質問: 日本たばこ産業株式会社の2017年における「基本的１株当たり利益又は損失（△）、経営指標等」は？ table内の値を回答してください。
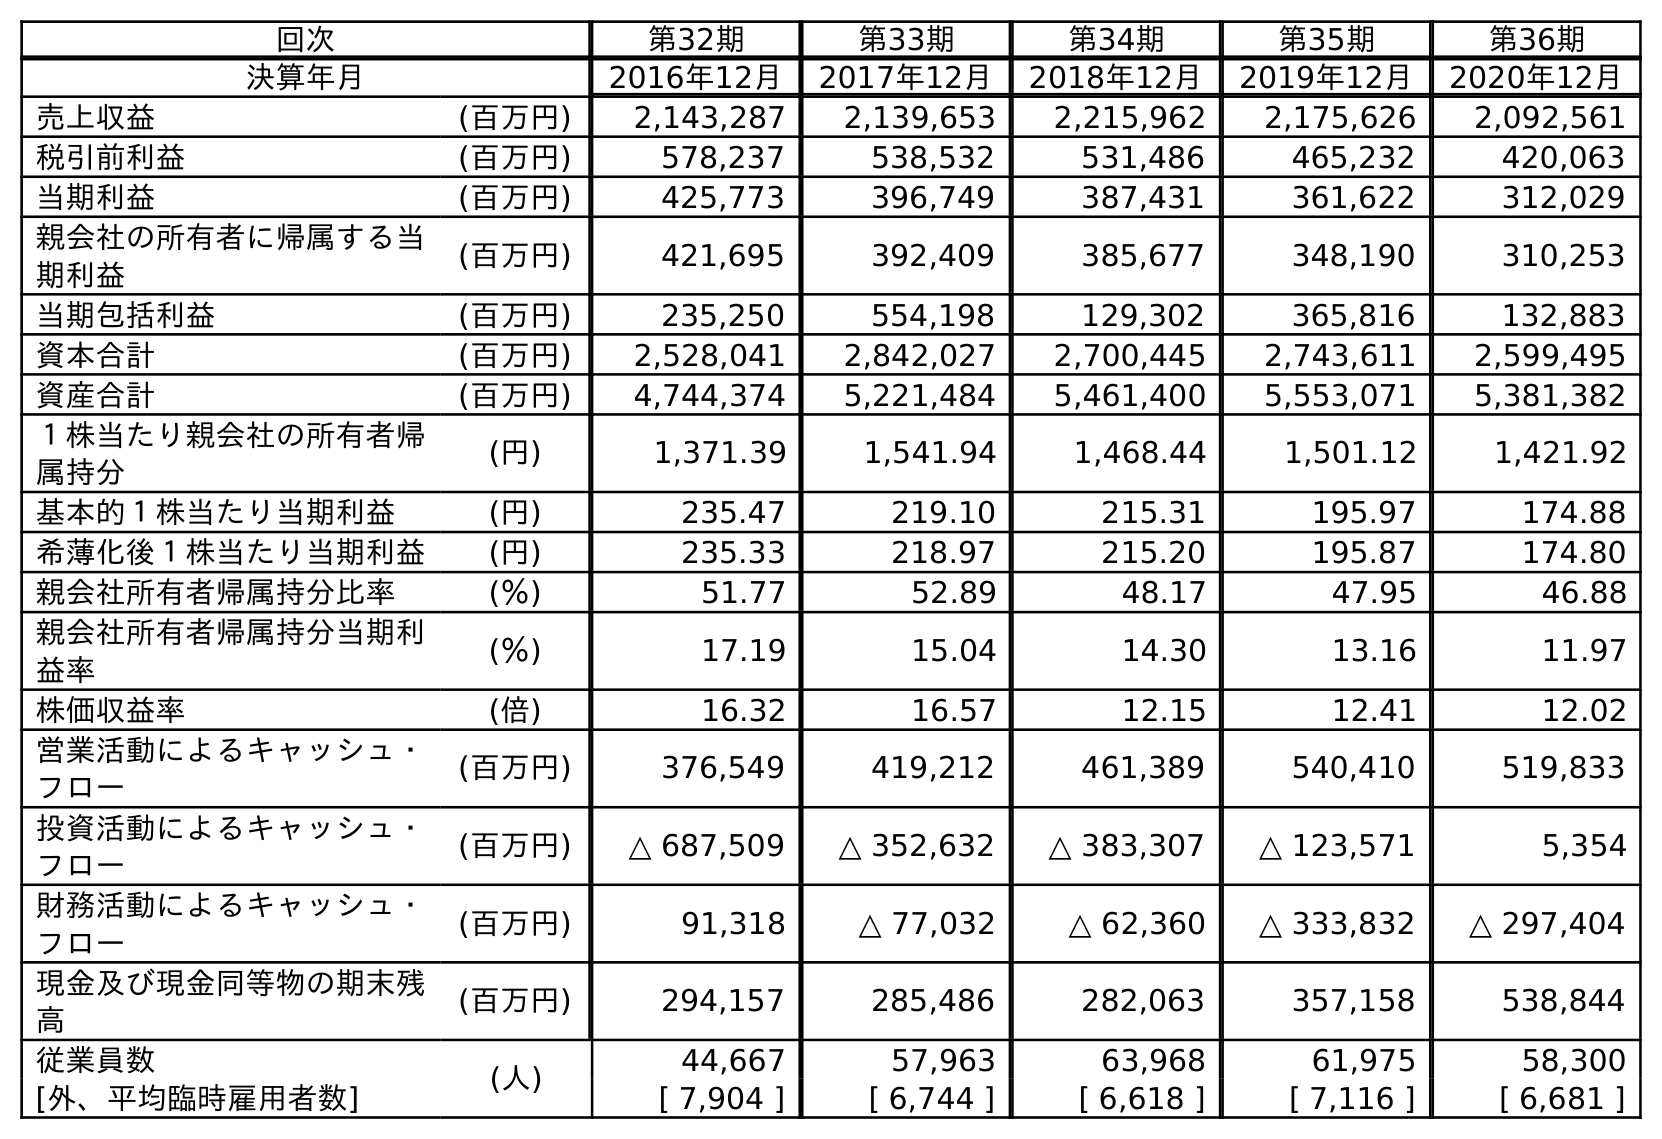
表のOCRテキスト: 回次 第32期 第33期 第34期 第35期 第36期 決算年月 2016年12月 2017年12月 2018年12月 2019年12月 2020年12月 売上収益 (百万円) 2,143,287 2,139,653 2,215,962 2,175,626 2,092,561 税引前利益 (百万円) 578,237 538,532 531,486 465,232 420,063 当期利益 (百万円) 425,773 396,749 387,431 361,622 312,029 親会社の所有者に帰属する当 期利益 (百万円) 421,695 392,409 385,677 348,190 310,253 当期包括利益 (百万円) 235,250 554,198 129,302 365,816 132,883 資本合計 (百万円) 2,528,041 2,842,027 2,700,445 2,743,611 2,599,495 資産合計 (百万円) 4,744,374 5,221,484 5,461,400 5,553,071 5,381,382 １株当たり親会社の所有者帰 属持分 (円) 1,371.39 1,541.94 1,468.44 1,501.12 1,421.92 基本的１株当たり当期利益 (円) 235.47 219.10 215.31 195.97 174.88 希薄化後１株当たり当期利益 (円) 235.33 218.97 215.20 195.87 174.80 親会社所有者帰属持分比率 (％) 51.77 52.89 48.17 47.95 46.88 親会社所有者帰属持分当期利 益率 (％) 17.19 15.04 14.30 13.16 11.97 株価収益率 (倍) 16.32 16.57 12.15 12.41 12.02 営業活動によるキャッシュ・ フロー (百万円) 376,549 419,212 461,389 540,410 519,833 投資活動によるキャッシュ・ フロー (百万円) △ 687,509 △ 352,632 △ 383,307 △ 123,571 5,354 財務活動によるキャッシュ・ フロー (百万円) 91,318 △ 77,032 △ 62,360 △ 333,832 △ 297,404 現金及び現金同等物の期末残 高 (百万円) 294,157 285,486 282,063 357,158 538,844 従業員数 (人) 44,667 57,963 63,968 61,975 58,300 [外、平均臨時雇用者数] [ 7,904 ] [ 6,744 ] [ 6,618 ] [ 7,116 ] [ 6,681 ]
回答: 219.10